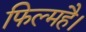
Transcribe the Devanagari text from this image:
फिल्महै।